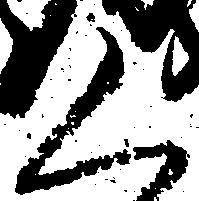
く